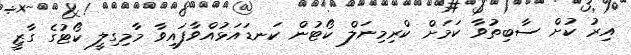
އިރު ކުށް ސާބިތުވާ ކަމަށް ކްރިމިނަލް ކޯޓުން ކަނޑައަޅުއްވާފައިވާ މާމިގިލީ ކޯޓުގެ ގާޒީ